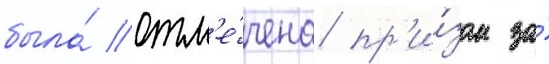
была́ отм'е́чена пр'и́зом за́